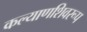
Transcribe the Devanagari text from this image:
कल्याणशिवरूप